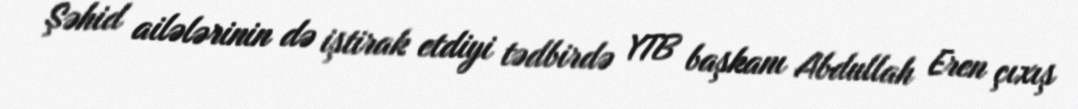
Şəhid ailələrinin də iştirak etdiyi tədbirdə YTB başkanı Abdullah Eren çıxış